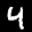
Label: 4